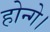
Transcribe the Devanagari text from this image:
होन्गे।